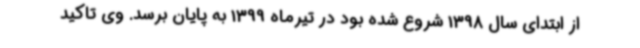
از ابتدای سال 1398 شروع شده بود در تیرماه 1399 به پایان برسد. وی تاکید